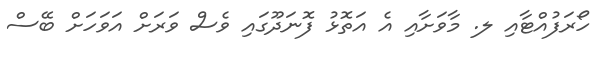
ހޯރަފުއްޓާއި ލ. މާވަށާއި އެ އަތޮޅު ފޮނަދޫގައި ވެސް ވަރަށް އަވަހަށް ބޭސް